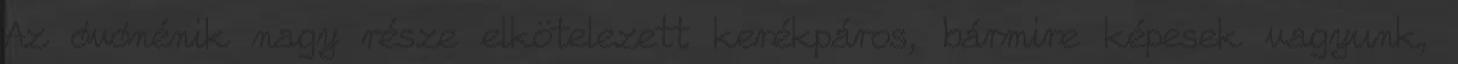
Az óvónénik nagy része elkötelezett kerékpáros, bármire képesek vagyunk,